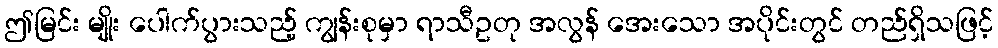
ဤမြင်း မျိုး ပေါက်ပွားသည့် ကျွန်းစုမှာ ရာသီဥတု အလွန် အေးသော အပိုင်းတွင် တည်ရှိသဖြင့်